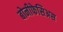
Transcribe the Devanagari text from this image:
बोनीफेसिअस